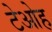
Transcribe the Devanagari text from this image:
टेओह